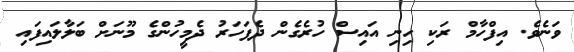
ވަނެވެ. އިފްހާމް ރަކި ހިނި އައިސް ހުރެގެން ދެފަހަރު ދެމީހުންގެ މޫނަށް ބަލާލައިފައި